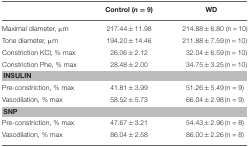
|  | Control (n = 9) | WD |
 | --- | --- | --- |
 | Maximal diameter, μm | 217.44 ± 11.98 | 214.88 ± 6.80 (n = 10) |
 | Tone diameter, μm | 194.20 ± 14.46 | 211.88 ± 7.59 (n = 10) |
 | Constriction KCl, % max | 26.06 ± 2.12 | 32.04 ± 6.59 (n = 10) |
 | Constriction Phe, % max | 28.48 ± 2.00 | 34.75 ± 3.25 (n = 10) |
 | <COLSPAN=3> INSULIN |
 | Pre-constriction, % max | 41.81 ± 3.99 | 51.26 ± 5.49 (n = 9) |
 | Vasodilation, % max | 58.52 ± 5.73 | 66.04 ± 2.98 (n = 9) |
 | <COLSPAN=3> SNP |
 | Pre-constriction, % max | 47.67 ± 3.21 | 54.43 ± 2.96 (n = 8) |
 | Vasodilation, % max | 86.04 ± 2.58 | 86.00 ± 2.26 (n = 8) |